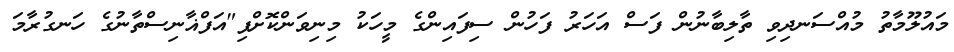
މައުލޫމާތު މުއްސަނދިވި ތާލިބާނުން ފަސް އަހަރު ފަހުން ސިފައިންގެ މީހަކު މިނިވަންކޮށްފި"އަފްޣާނިސްތާނުގެ ހަނގުރާމަ